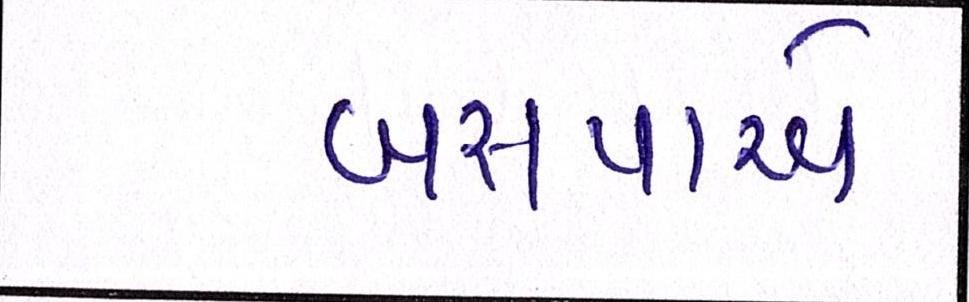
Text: બસપાએ